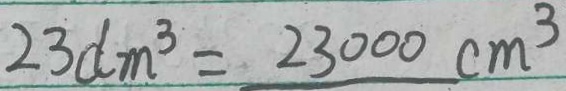
2 3 d m ^ { 3 } = 2 3 0 0 0 c m ^ { 3 }